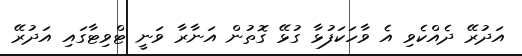
އަދުރޭ ދެއްކެވި އެ ވާހަކަފުޅާ ގުޅޭ ގޮތުން އަނާރާ ވަނީ ޓްވިޓާގައި އަދުރޭ